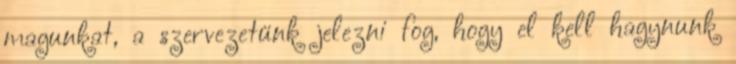
magunkat, a szervezetünk jelezni fog, hogy el kell hagynunk